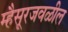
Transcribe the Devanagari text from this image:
म्हैसूरजवळील